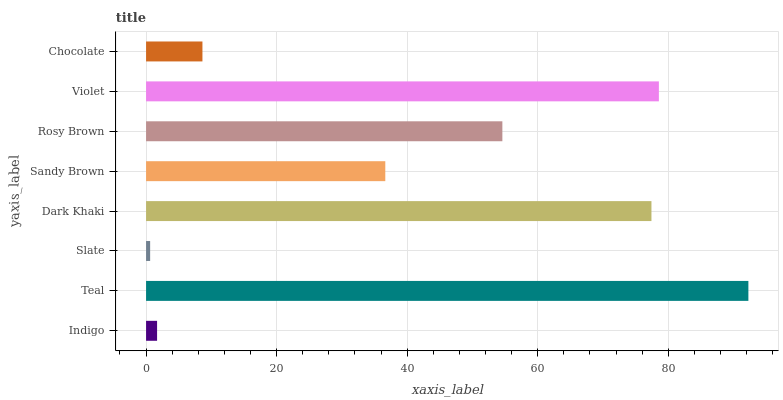
| yaxis_label | bars |
 | --- | --- |
 | Indigo | 1.69 |
 | Teal | 92.3 |
 | Slate | 0.624 |
 | Dark Khaki | 77.4 |
 | Sandy Brown | 36.6 |
 | Rosy Brown | 54.6 |
 | Violet | 78.6 |
 | Chocolate | 8.64 |